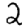
Digit: 2